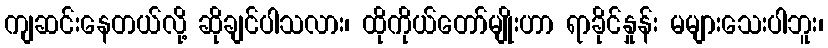
ကျဆင်းနေတယ်လို့ ဆိုချင်ပါသလား၊ ထိုကိုယ်တော်မျိုးဟာ ရာခိုင်နှုန်း မများသေးပါဘူး၊